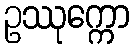
ဥဿုက္ကော